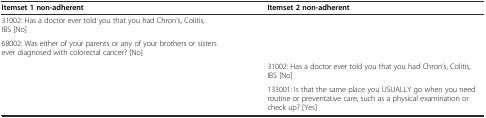
<table><thead><tr><td><b>Itemset 1 non-adherent</b></td><td><b>Itemset 2 non-adherent</b></td></tr></thead><tbody><tr><td>31002: Has a doctor ever told you that you had Chron’s, Colitis, IBS [No]</td><td></td></tr><tr><td>68002: Was either of your parents or any of your brothers or sisters ever diagnosed with colorectal cancer? [No]</td><td></td></tr><tr><td></td><td>31002: Has a doctor ever told you that you had Chron’s, Colitis, IBS [No]</td></tr><tr><td></td><td>133001: Is that the same place you USUALLY go when you need routine or preventative care, such as a physical examination or check up? [Yes]</td></tr></tbody></table>